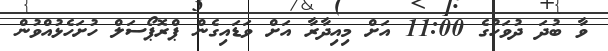
ވާ ބުދަ ދުވަހުގެ 11:00 އަށް މިއިދާރާ އަށް ވަޑައިގެން ޕްރޮޕޯސަލް ހުށަހެޅުއްވުން